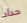
حداد